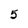
Character: 5